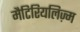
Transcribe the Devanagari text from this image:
मैटिरियलिज़्म